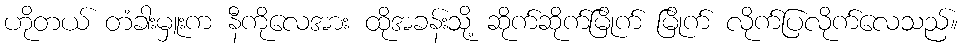
ဟိုတယ် တံခါးမှူးက နီကိုလေအား ထိုအခန်းသို့ ဆိုက်ဆိုက်မြိုက် မြိုက် လိုက်ပြလိုက်လေသည်။